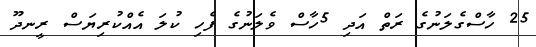
25 ހާސްގެލަނުގެ ރަތް އަދި 5ހާސް ވެލަނުގެ ފެހި ކުލަ އެއްކުރިޔަސް ރީނދޫ